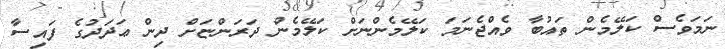
ނަމަވެސް ކަލޭމެން ތައުބާ ވެއްޖެނަމަ ކަލޭމެންނަށް ކަލޭމެން ދަރަންޏަށް ދިން ޢަދަދުގެ ފައިސާ